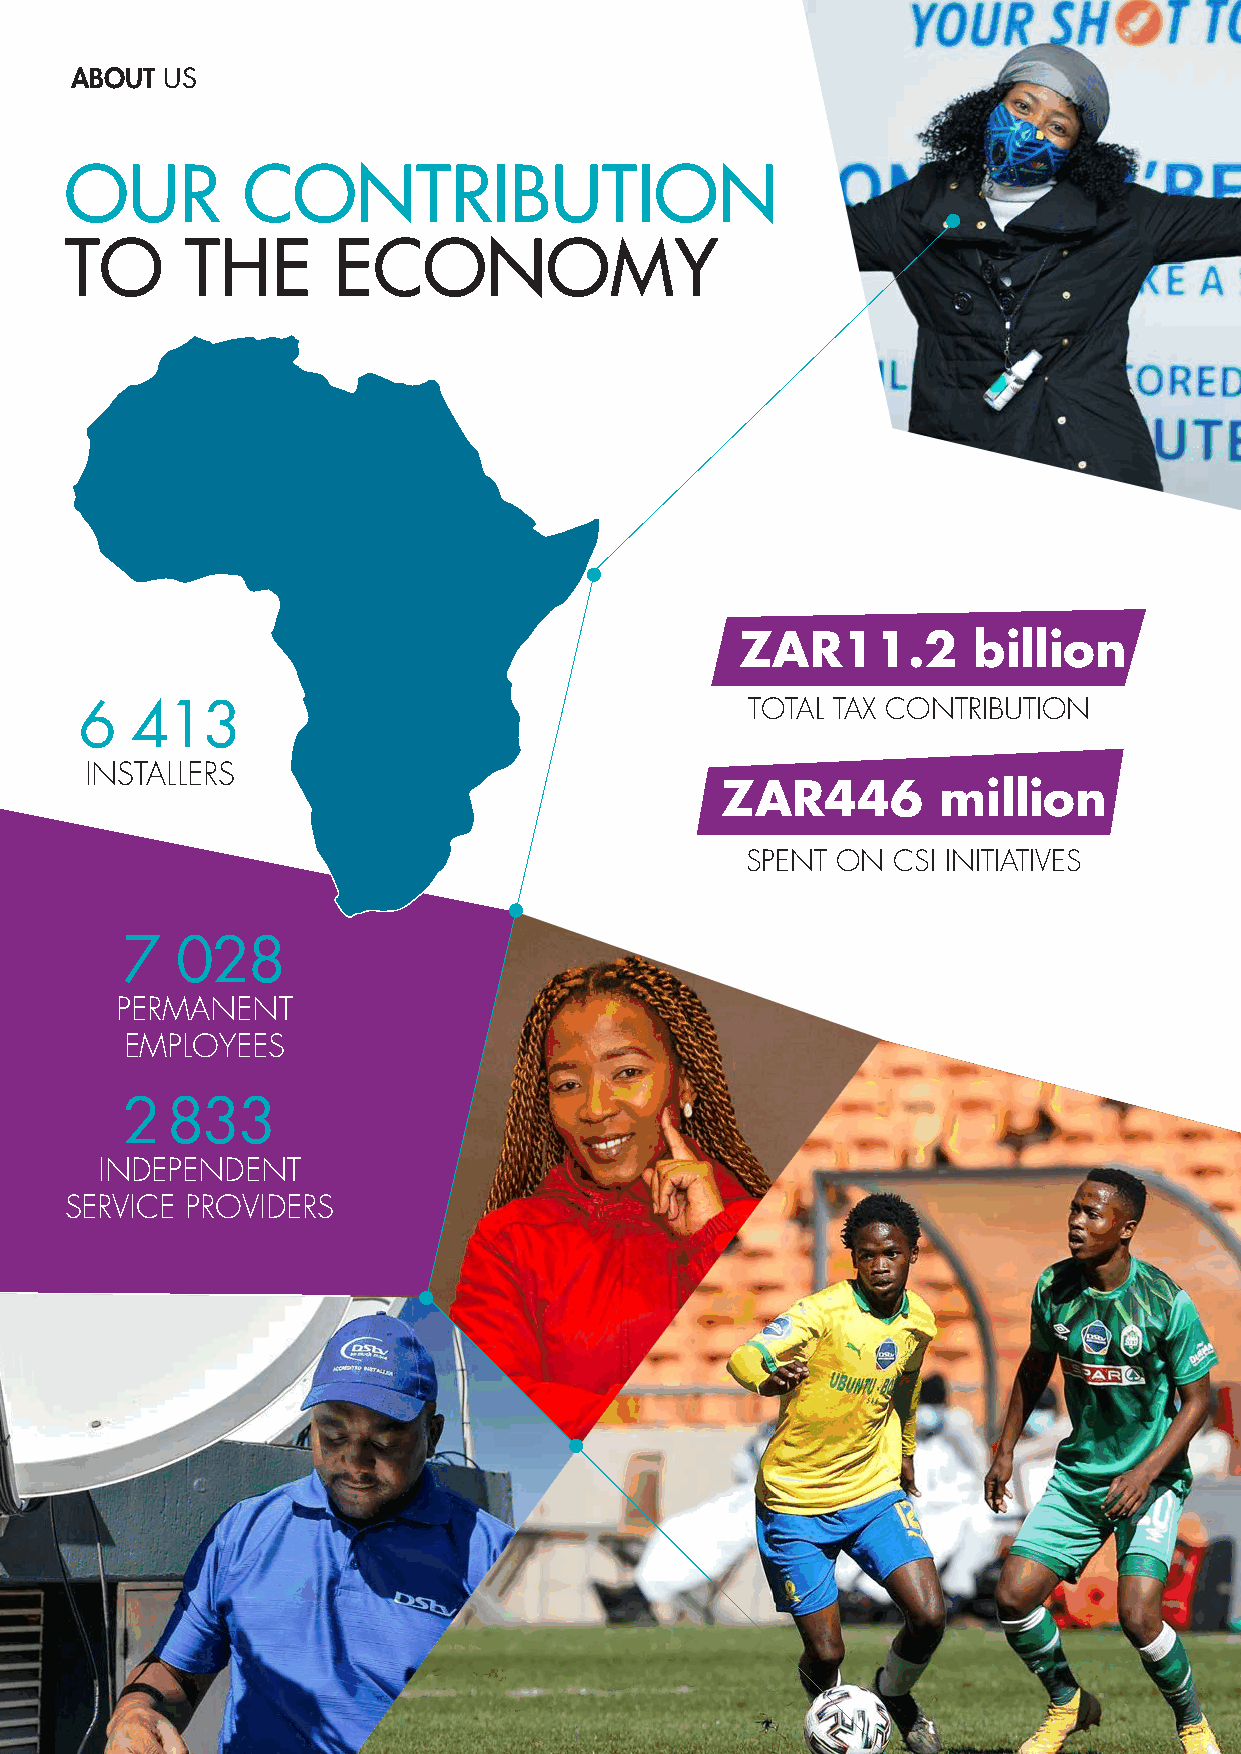
ABOUT US
 OUR         CONTRIBUTION
 TO      THE       ECONOMY
 ZAR11.2        billion
 6   413                                      TOTAL TAX CONTRIBUTION
 INSTALLERS
 ZAR446        million
 SPENT ON  CSI INITIATIVES
 7   028
 PERMANENT
 EMPLOYEES
 2  833
 INDEPENDENT
 SERVICE PROVIDERS